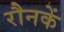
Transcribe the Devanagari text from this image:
रौनकें